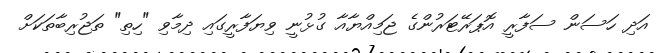
އަދި ހަސަން ސަފާރީ އޮޕަރޭޓަރުންގެ ޖަމިއްޔާއާ ގުޅުނީ ވިޔަފާރީގައި ދިމާވި "ހިތި" ތަޖުރިބާތަކަށް